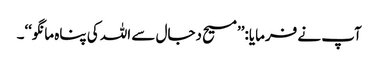
آپ نے فرمایا:’’مسیح دجال سے اللہ کی پناہ مانگو‘‘۔